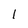
Character: I